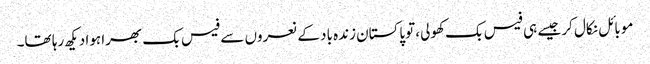
موبائل نکال کر جیسے ہی فیس بک کھولی، توپاکستان زندہ باد کے نعروں سے فیس بک بھرا ہوا دیکھ رہا تھا۔